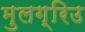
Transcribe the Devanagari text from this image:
मुलग्रिउ